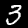
Digit: 3